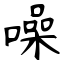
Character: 噪